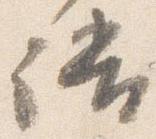
語